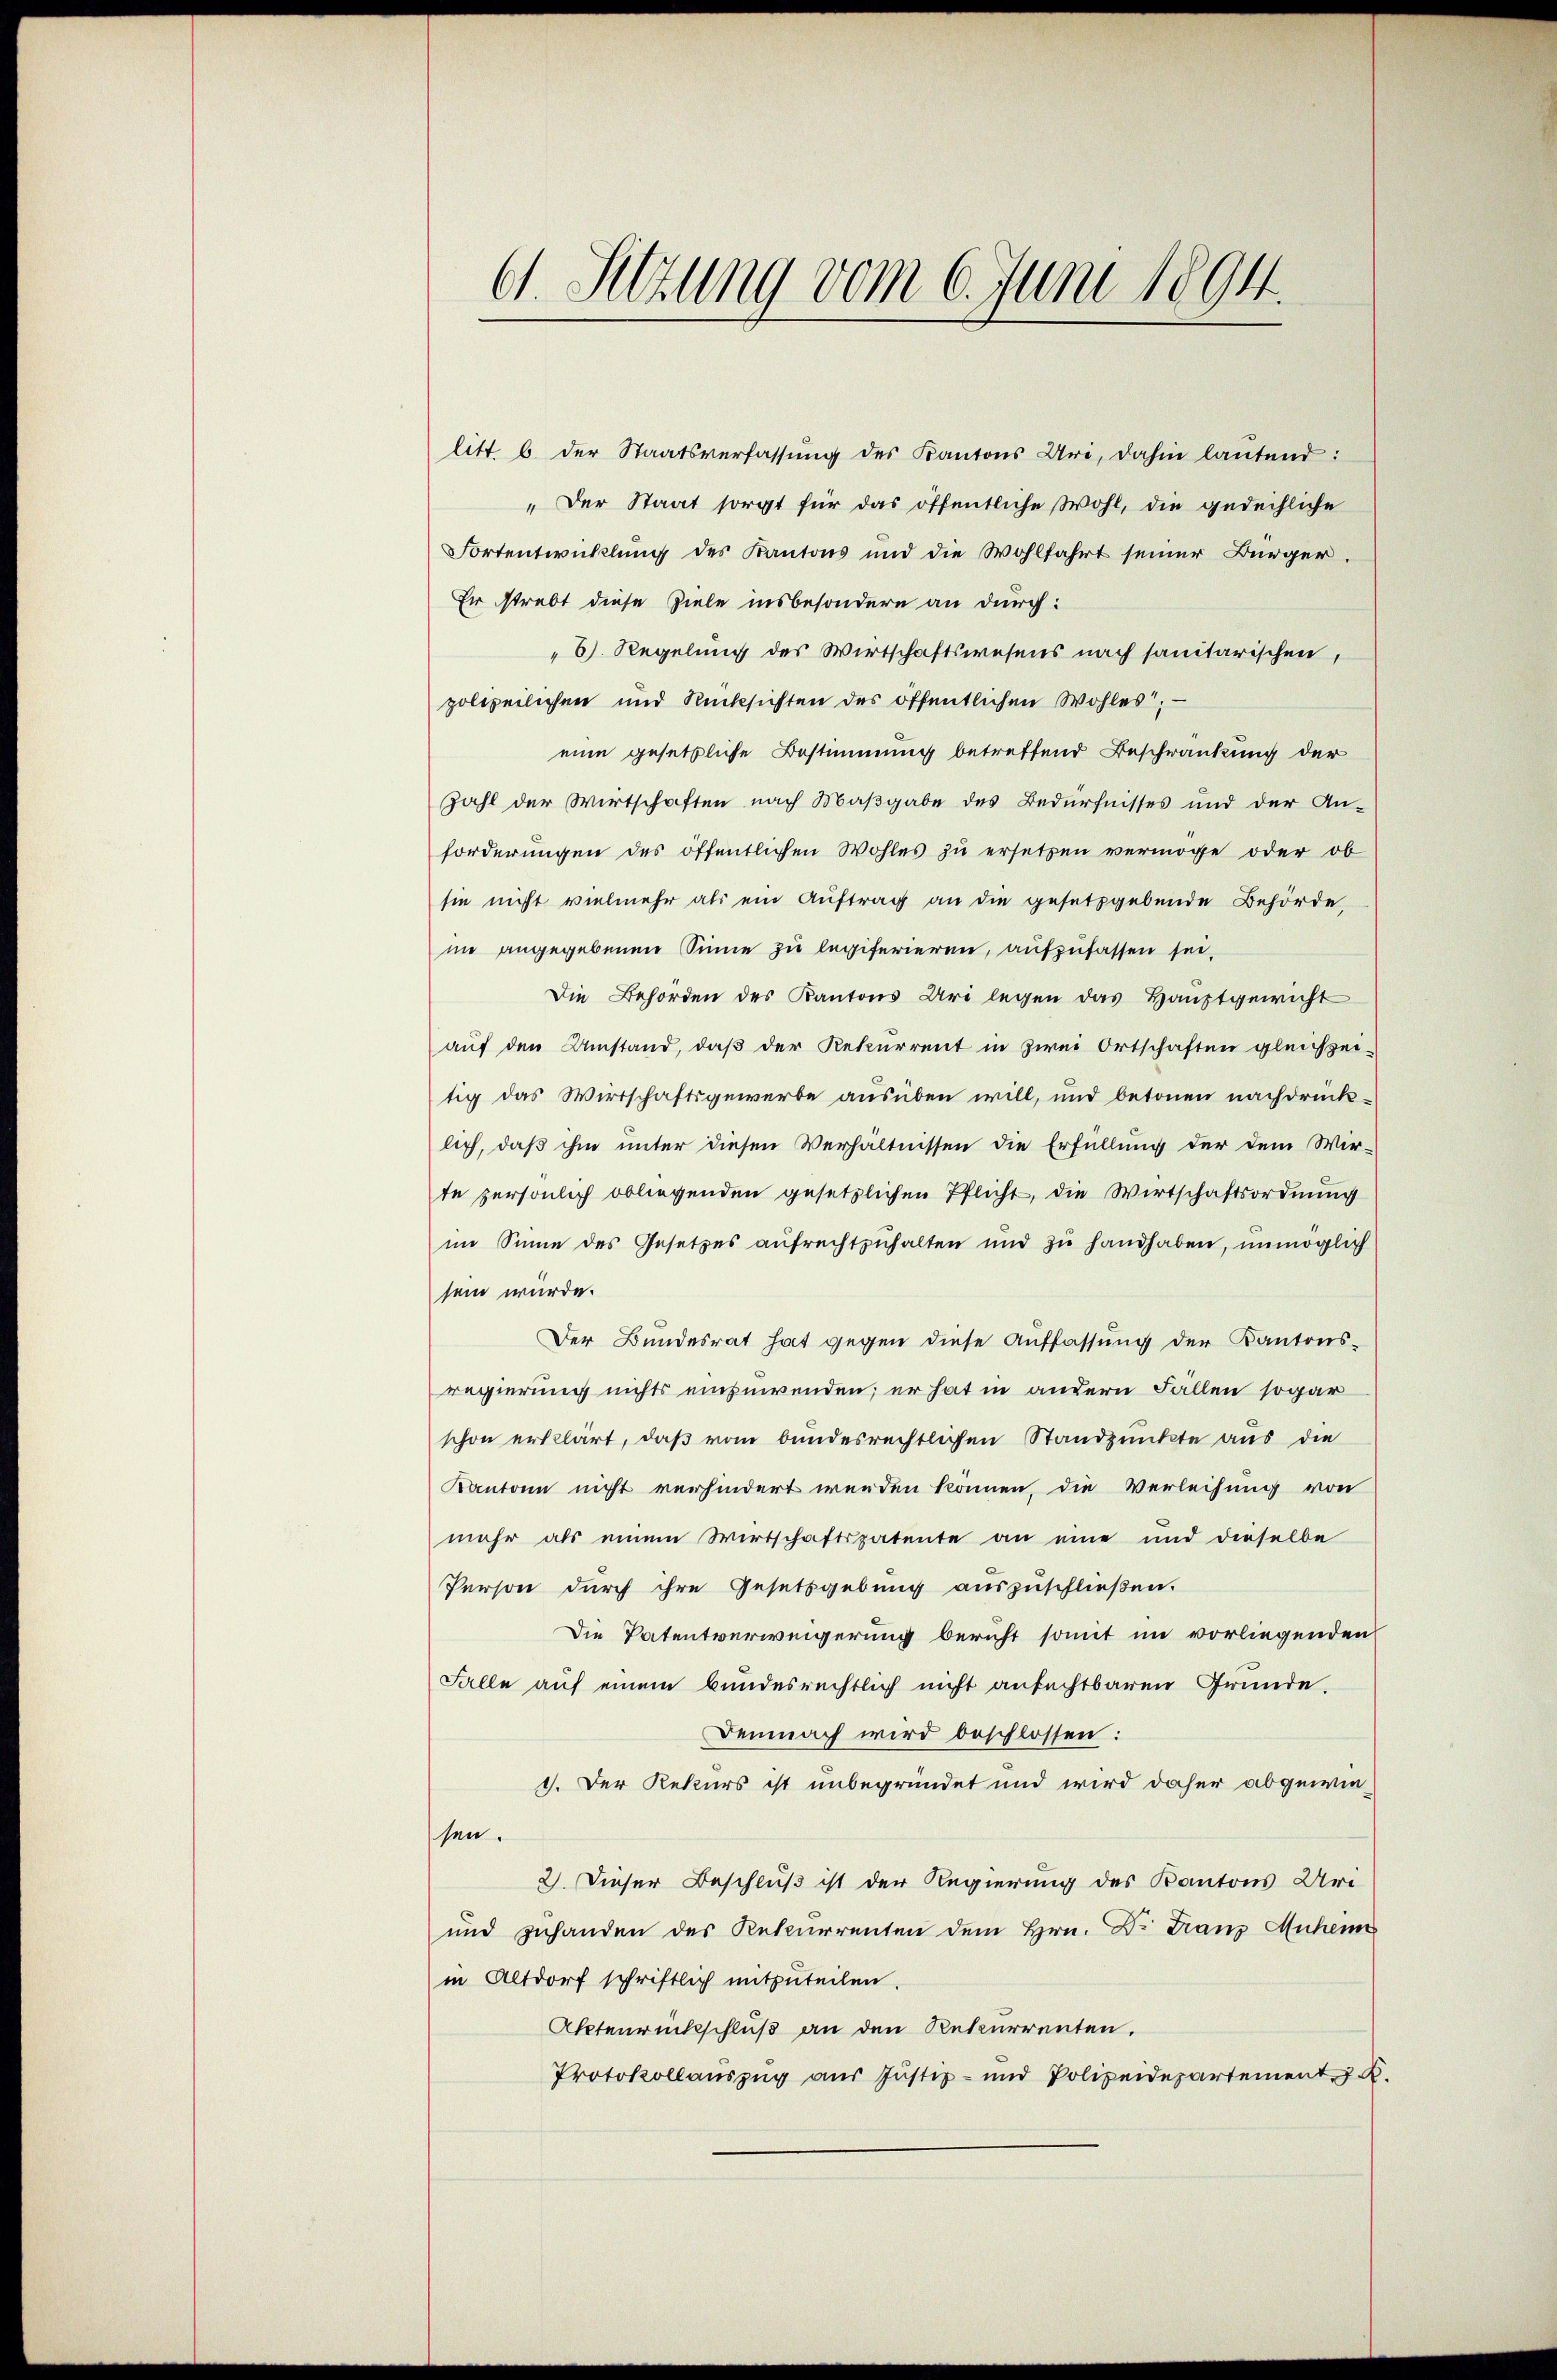
C. Sitzung vom 6. Juni 1894.

litt. b. der Staatsverfassŭng des Kantons Uri, dahin laŭtend:
„Der Staat sorgt für das öffentliche Wohl, die gedeihliche
Fortentwicklung des Kantons und die Wohlfahrt seiner Bürger.
Er strebt diese Ziele insbesondere an durch:
6). Regelung des Wirtschaftswesens nach sanitarischen,
polizeilichen und Rücksichten des öffentlichen Wohles; —
eine gesetzliche Bestimmung betreffend Beschränkung der
Zahl der Wirtschaften nach Maßgabe des Bedürfnisses und der An-
forderungen des öffentlichen Wohles zu ersetzen vermöge oder ob
sie nicht vielmehr als ein Auftrag an die gesetzgebende Behörde,
im angegebenen Sinne zu legiferieren, aufzufassen sei,
Die Behörden des Kantons Uri legen das Hauptgewicht
auf den Umstand, daß der Rekurrent in zwei Ortschaften gleichzeitig das Wirtschaftsgewerbe ausüben will, und betonen nachdrück-
lich, daß ihm unter diesen Verhältnissen die Erfüllung der dem Wir-
te persönlich obliegenden gesetzlichen Pflicht, die Wirtschaftsordnung
im Sinne des Gesetzes aufrechtzuhalten und zu handhaben, unmöglich
sein würde.
Der Bundesrat hat gegen diese Auffassung der Kantons-
regierung nichts einzuwenden; er hat in andern Fällen sogar
schon erklärt, daß vom bundesrechtlichen Standpunkte aus die
Kantone nicht verhindert werden können, die Verleihung von
mehr als einem Wirtschaftspatente an eine und dieselbe
Person durch ihre Gesetzgebung auszuschließen.
Die Patentverweigerung bericht somit im vorliegenden
Falle auf einem Bundesrechtlich nicht anfechtbaren Gründe.
Demnach wird beschlossen:
1. Der Rekurs ist unbegründet und wird daher abgewiesen.
2. Dieser Beschluß ist der Regierung des Kantons Uri
und zuhanden des Rekurrenten dem Hrn. Dr Franz Muhen
in Altdorf schriftlich mitzuteilen.
Aktenrückschluß an den Rekurrenten.
Protokollaŭszŭg aŭs Justiz- und Polizeidepartement J. K.